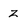
Character: Z